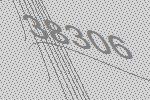
38306